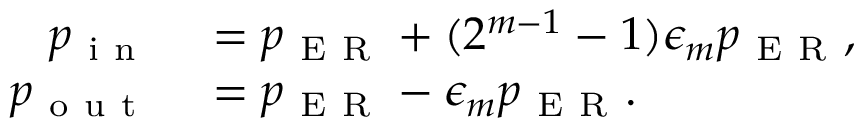
\begin{array} { r l } { p _ { \mathrm { ~ i ~ n ~ } } } & { { } = p _ { \mathrm { ~ E ~ R ~ } } + ( 2 ^ { m - 1 } - 1 ) \epsilon _ { m } p _ { \mathrm { ~ E ~ R ~ } } , } \\ { p _ { \mathrm { ~ o ~ u ~ t ~ } } } & { { } = p _ { \mathrm { ~ E ~ R ~ } } - \epsilon _ { m } p _ { \mathrm { ~ E ~ R ~ } } . } \end{array}